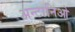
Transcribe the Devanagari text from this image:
अन्टानिओ